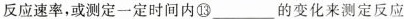
反应速率，或测定一定时间内⑬___的变化来测定反应